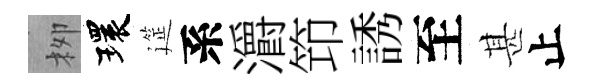
栁環筵系灂笻誘至甚止